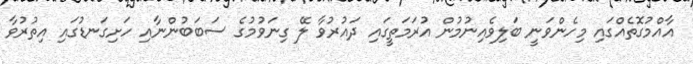
އާއްމުގޮތެއްގައި މިހެންވަނީ ބަލިވެއިނުމުން އުރަމަތީގައި ދައުރުވާ ލޭ ގިނަވުމުގެ ސަބަބުންނާއި ހަށިގަނޑުގައި އިތުރުވާ